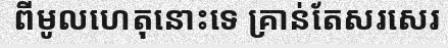
ពីមូលហេតុនោះទេ គ្រាន់តែសរសេរ